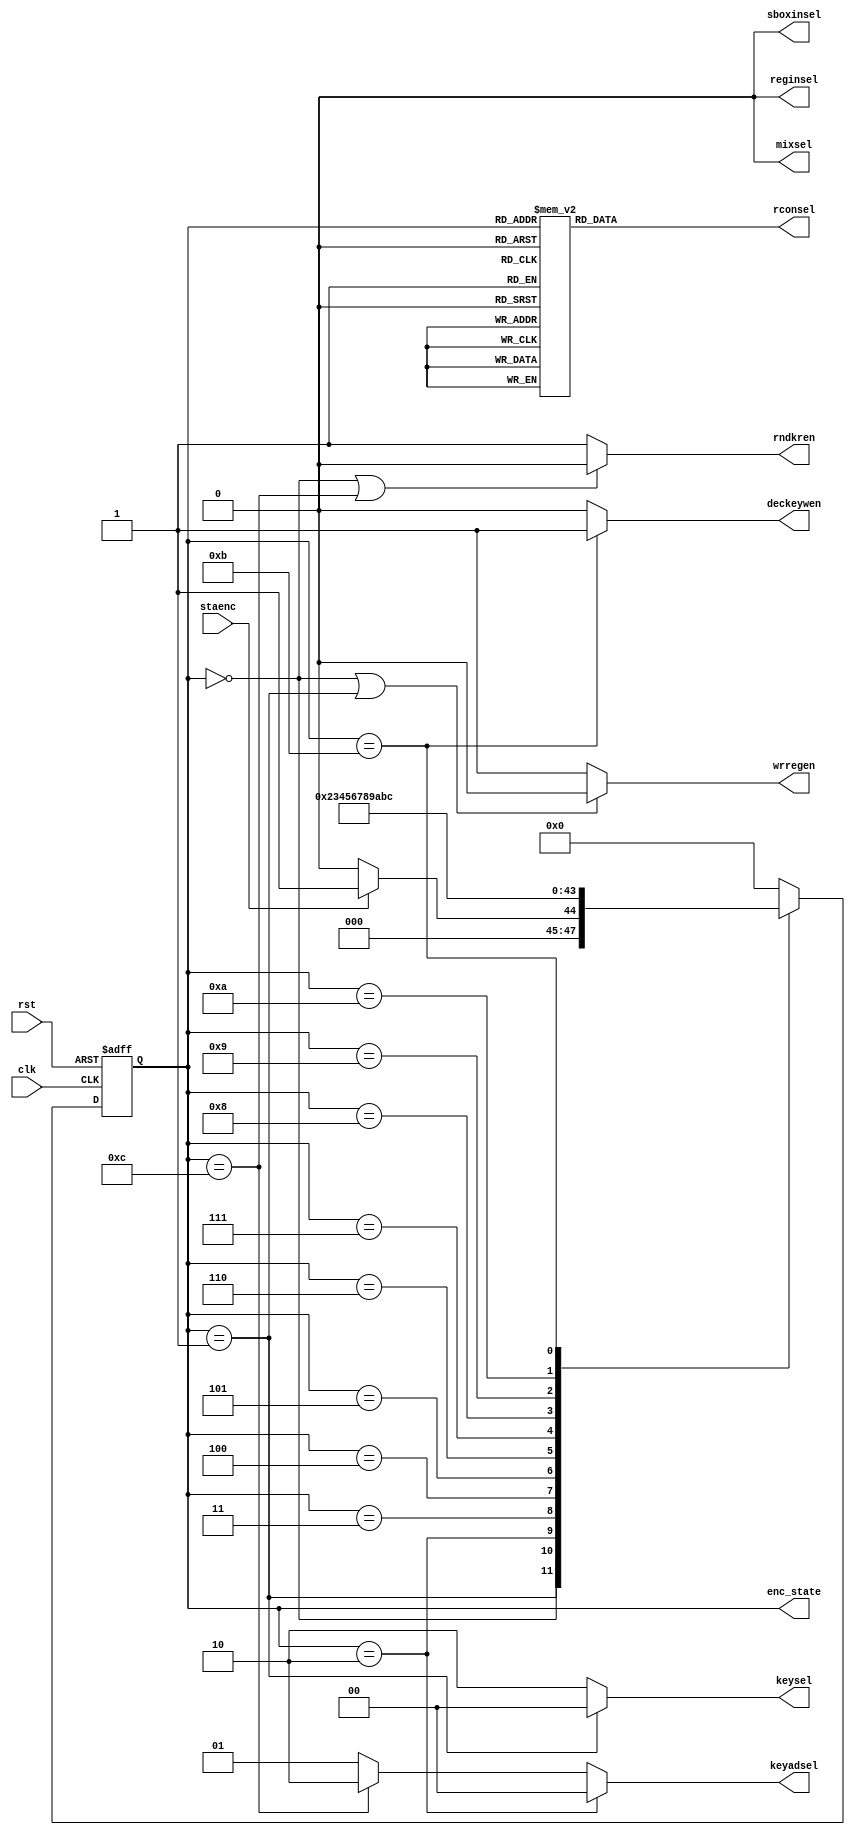
`timescale 1ns / 1ns

module encryptfsm(clk,rst,staenc,keysel,rndkren,rconsel,sboxinsel,wrregen,keyadsel,mixsel,reginsel,enc_state,deckeywen);

output rndkren,sboxinsel,wrregen,mixsel,reginsel,deckeywen;
output [1:0] keysel,keyadsel;
output [3:0] rconsel,enc_state;
input clk,rst,staenc;

reg [3:0] enc_state,next_state;
reg [3:0] rconsel;

parameter IDLE=4'd0,KEY_PREPARE=4'd1,INITIAL_KEY_ADD=4'd2,FIRST_ROUND=4'd3,SECOND_ROUND=4'd4,
          THIRD_ROUND=4'd5,FOURTH_ROUND=4'd6,FIFTH_ROUND=4'd7,SIXTH_ROUND=4'd8,
          SEVENTH_ROUND=4'd9,EIGHTH_ROUND=4'd10,NINTH_ROUND=4'd11,TENTH_ROUND=4'd12;
          
always @ (posedge clk or negedge rst)
	  if(!rst)
				enc_state<=IDLE;
		else 
				enc_state<=next_state;
	
always @ (*)
    case(enc_state)
        IDLE: if(staenc == 1) 
			            next_state = KEY_PREPARE;
					    else 
					        next_state = IDLE;
        KEY_PREPARE: next_state = INITIAL_KEY_ADD;
        INITIAL_KEY_ADD: next_state = FIRST_ROUND;
        FIRST_ROUND: next_state = SECOND_ROUND;
        SECOND_ROUND: next_state = THIRD_ROUND;
        THIRD_ROUND: next_state = FOURTH_ROUND;
        FOURTH_ROUND: next_state = FIFTH_ROUND;
        FIFTH_ROUND: next_state = SIXTH_ROUND;
        SIXTH_ROUND: next_state = SEVENTH_ROUND;
        SEVENTH_ROUND: next_state = EIGHTH_ROUND;
        EIGHTH_ROUND: next_state = NINTH_ROUND;
        NINTH_ROUND: next_state = TENTH_ROUND;
        TENTH_ROUND: next_state = IDLE;
        default: next_state = IDLE;
    endcase

assign keysel=(enc_state==KEY_PREPARE) ? 2'd0 : 2'd2;
assign rndkren=((enc_state==IDLE)||(enc_state==TENTH_ROUND)) ? 1'b0 : 1'b1;
assign sboxinsel=1'b0;
assign deckeywen=(enc_state==NINTH_ROUND) ? 1'b1 : 1'b0;
assign wrregen=((enc_state==IDLE)||(enc_state==KEY_PREPARE)) ? 1'b0 : 1'b1;
assign keyadsel=(enc_state==INITIAL_KEY_ADD) ? 2'd0 : ((enc_state==TENTH_ROUND) ? 2'd2 : 2'd1);
assign mixsel=1'b0;
assign reginsel=1'b0;
always @ (*)
    case(enc_state)
        INITIAL_KEY_ADD: rconsel=4'd0;//select 1th round constant
		    FIRST_ROUND: rconsel=4'd1;//select 2th round constant
		    SECOND_ROUND: rconsel=4'd2;//select 3th round constant
		    THIRD_ROUND: rconsel=4'd3;//select 4th round constant
		    FOURTH_ROUND: rconsel=4'd4;//select 5th round constant
		    FIFTH_ROUND: rconsel=4'd5;//select 6th round constant
		    SIXTH_ROUND: rconsel=4'd6;//select 7th round constant
		    SEVENTH_ROUND: rconsel=4'd7;//select 8th round constant
		    EIGHTH_ROUND: rconsel=4'd8;//select 9th round constant
		    NINTH_ROUND: rconsel=4'd9;//select 10th round constant
		    default: rconsel=4'd0;
		endcase
			
endmodule